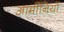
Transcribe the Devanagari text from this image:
आर्मीनियों